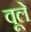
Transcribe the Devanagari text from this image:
वूले